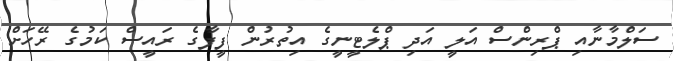
ސަލްމާނާއި ޕްރިންސް އަލީ އަދި ޕްލެޓީނީގެ އިތުރުން ފީފާގެ ރައީސް ކަމުގެ ރޭހަށް